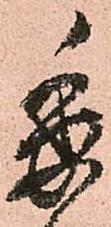
委